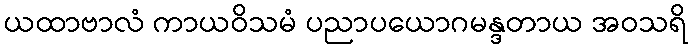
ယထာဗာလံ ကာယဝိသမံ ပညာပယောဂမန္ဒတာယ အဝသရိ